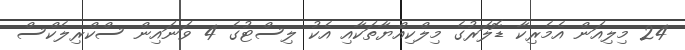
24 މިލިއަން އެމެރިކާ ޑޮލަރުގެ މިލްކިއްޔާތަކާއި އެކު ލިސްޓުގެ 4 ވަނައިން ސްކްރިލެކްސް